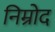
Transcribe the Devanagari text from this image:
निम्रोद